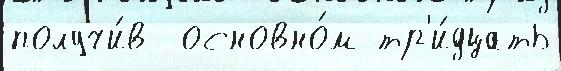
получи́в  основно́м тр'и́дцать